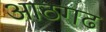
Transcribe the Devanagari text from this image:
आठगढ